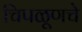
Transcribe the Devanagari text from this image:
चिपळूणचे